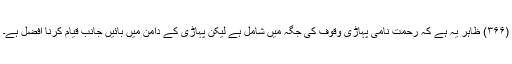
(۳۶۶) ظاہر یہ ہے کہ رحمت نامی پہاڑی وقوف کی جگہ میں شامل ہے لیکن پہاڑی کے دامن میں بائیں جانب قیام کرنا افضل ہے۔